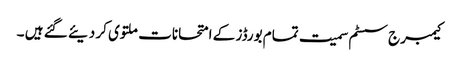
کیمبرج سسٹم سمیت تمام بورڈز کے امتحانات ملتوی کر دیئے گئے ہیں ۔